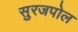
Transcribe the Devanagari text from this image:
सुरजपोल